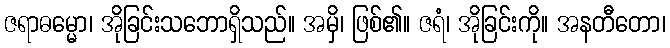
ဇရာဓမ္မော၊ အိုခြင်းသဘောရှိသည်။ အမှိ၊ ဖြစ်၏။ ဇရံ၊ အိုခြင်းကို။ အနတီတော၊